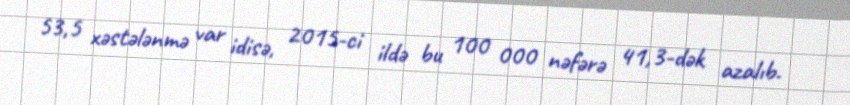
53,5 xəstələnmə var idisə, 2015-ci ildə bu 100 000 nəfərə 41,3-dək azalıb.